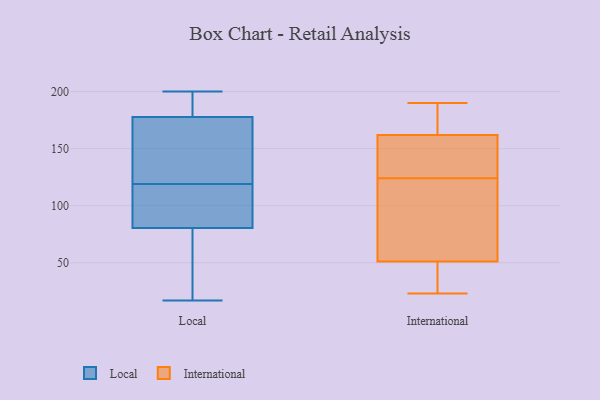
{"axis": {"x": "Humidity (%)", "y": "Value"}, "legend": ["International", "Local"], "data": [{"x": "", "y": 130, "type": "Local"}, {"x": "", "y": 196, "type": "Local"}, {"x": "", "y": 179, "type": "Local"}, {"x": "", "y": 24, "type": "Local"}, {"x": "", "y": 67, "type": "Local"}, {"x": "", "y": 113, "type": "Local"}, {"x": "", "y": 200, "type": "Local"}, {"x": "", "y": 174, "type": "Local"}, {"x": "", "y": 97, "type": "Local"}, {"x": "", "y": 151, "type": "Local"}, {"x": "", "y": 78, "type": "Local"}, {"x": "", "y": 17, "type": "Local"}, {"x": "", "y": 88, "type": "Local"}, {"x": "", "y": 119, "type": "Local"}, {"x": "", "y": 195, "type": "Local"}, {"x": "", "y": 163, "type": "International"}, {"x": "", "y": 23, "type": "International"}, {"x": "", "y": 127, "type": "International"}, {"x": "", "y": 126, "type": "International"}, {"x": "", "y": 190, "type": "International"}, {"x": "", "y": 162, "type": "International"}, {"x": "", "y": 122, "type": "International"}, {"x": "", "y": 111, "type": "International"}, {"x": "", "y": 51, "type": "International"}, {"x": "", "y": 46, "type": "International"}]}